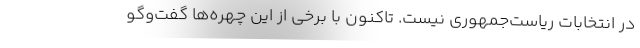
در انتخابات ریاست‌جمهوری نیست. تاکنون با برخی از این چهره‌ها گفت‌وگو